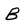
Character: B